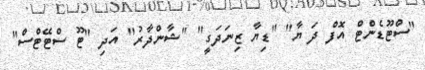
"ސްޓޫޑެންޓް އޮފް ދަ ޔާ" "ޑިޔާ ޒިނަދަގީ" "ޝާންދާރު" އަދި "ޓޫ ސްޓޭޓްސް"